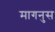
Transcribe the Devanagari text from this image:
मागनुस